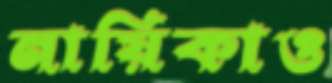
নায়িকাও